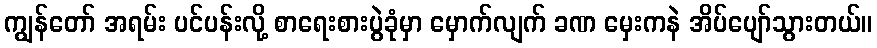
ကျွန်တော် အရမ်း ပင်ပန်းလို့ စာရေးစားပွဲခုံမှာ မှောက်လျက် ခဏ မှေးကနဲ အိပ်ပျော်သွားတယ်။